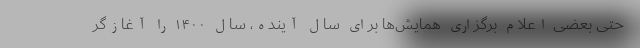
حتی بعضی اعلام برگزاری همایش‌ها برای سال آینده، سال ۱۴۰۰ را آغازگر